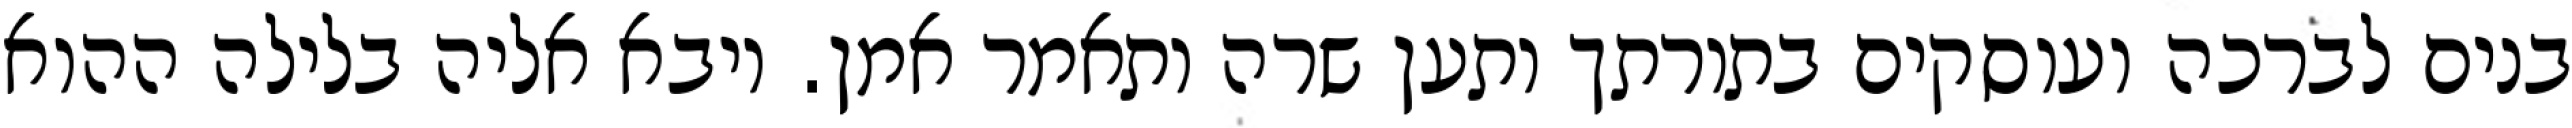
בנים לברכה ועוסקים בתורתך ותען שרה ותאמר אמן. ויבא אליה בלילה ההוא